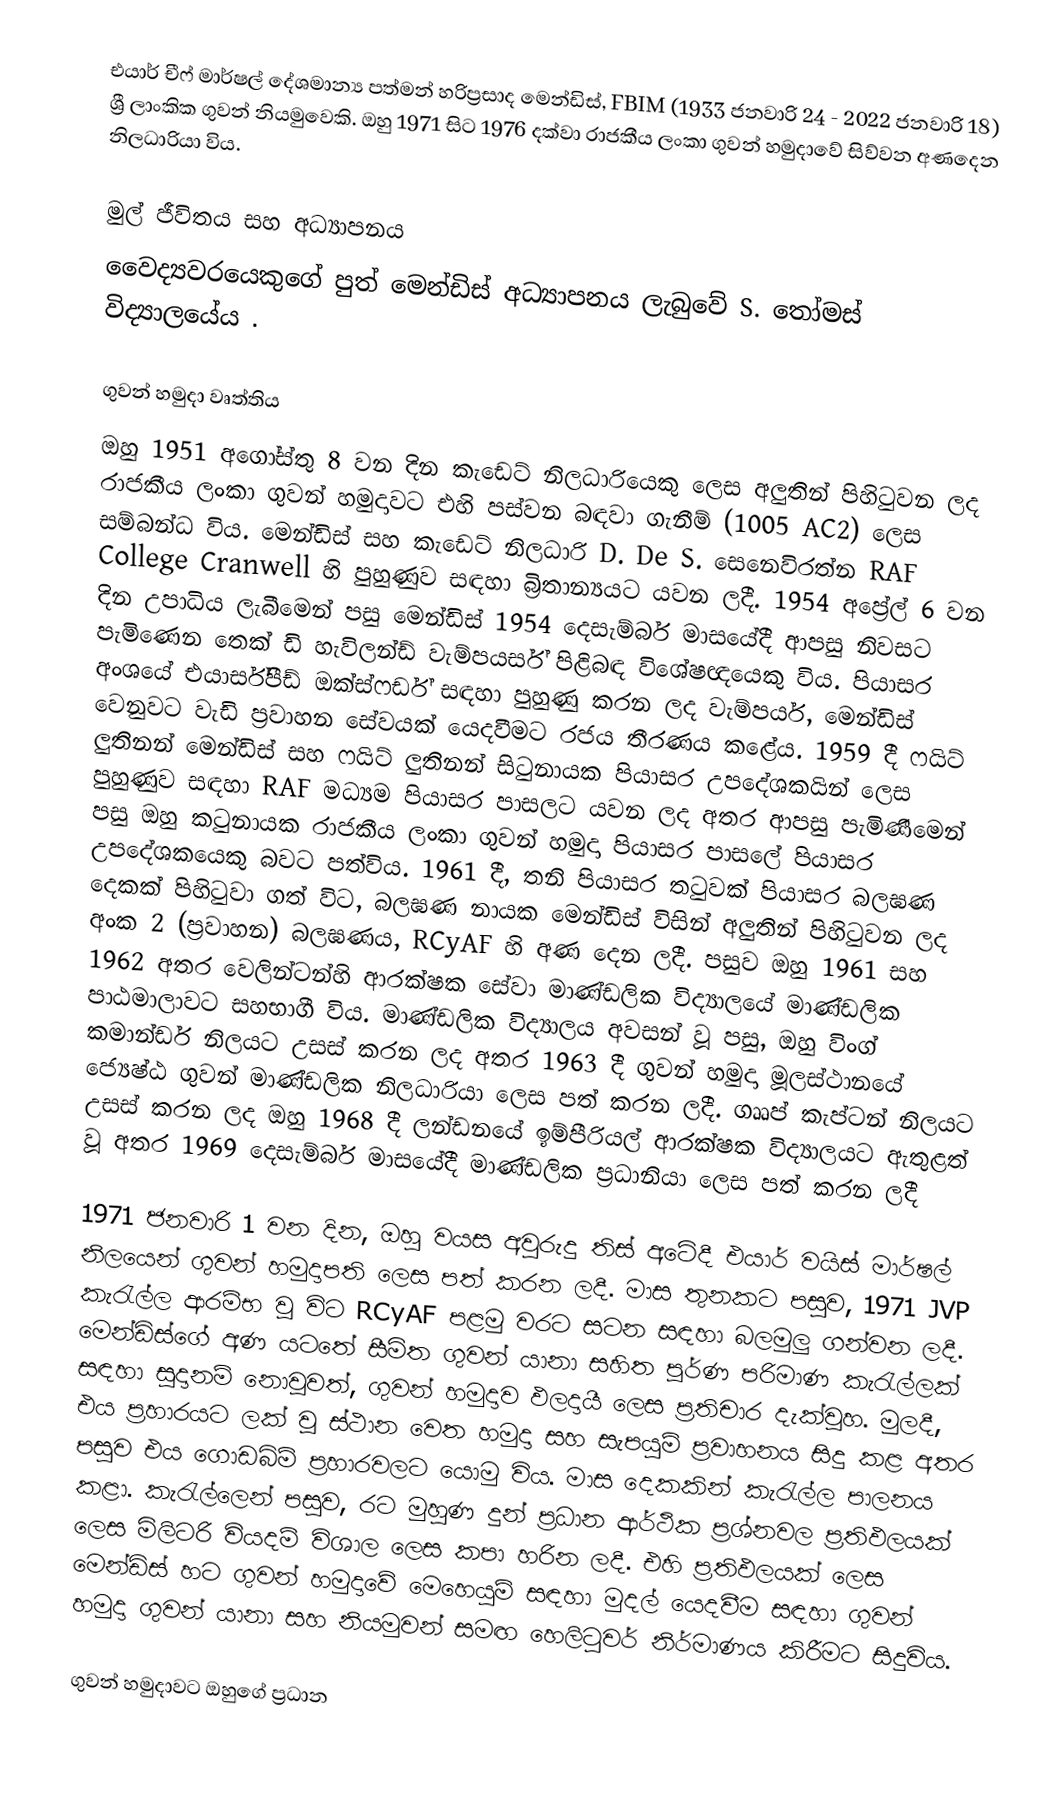
එයාර් චීෆ් මාර්ෂල් දේශමාන්‍ය පත්මන් හරිප්‍රසාද මෙන්ඩිස්, FBIM (1933 ජනවාරි 24 - 2022 ජනවාරි 18) ශ්‍රී ලාංකික ගුවන් නියමුවෙකි. ඔහු 1971 සිට 1976 දක්වා රාජකීය ලංකා ගුවන් හමුදාවේ සිව්වන අණදෙන නිලධාරියා විය.

මුල් ජීවිතය සහ අධ්‍යාපනය
වෛද්‍යවරයෙකුගේ පුත් මෙන්ඩිස් අධ්‍යාපනය ලැබුවේ S. තෝමස් විද්‍යාලයේය .

ගුවන් හමුදා වෘත්තිය
ඔහු 1951 අගෝස්තු 8 වන දින කැඩෙට් නිලධාරියෙකු ලෙස අලුතින් පිහිටුවන ලද රාජකීය ලංකා ගුවන් හමුදාවට එහි පස්වන බඳවා ගැනීම් (1005 AC2) ලෙස සම්බන්ධ විය. මෙන්ඩිස් සහ කැඩෙට් නිලධාරි D. De S. සෙනෙවිරත්න RAF College Cranwell හි පුහුණුව සඳහා බ්‍රිතාන්‍යයට යවන ලදී. 1954 අප්‍රේල් 6 වන දින උපාධිය ලැබීමෙන් පසු මෙන්ඩිස් 1954 දෙසැම්බර් මාසයේදී ආපසු නිවසට පැමිණෙන තෙක් ඩි හැවිලන්ඩ් වැම්පයර්ස් පිළිබඳ විශේෂඥයෙකු විය. පියාසර අංශයේ එයාර්ස්පීඩ් ඔක්ස්ෆර්ඩ් සඳහා පුහුණු කරන ලද වැම්පයර්, මෙන්ඩිස් වෙනුවට වැඩි ප්‍රවාහන සේවයක් යෙදවීමට රජය තීරණය කළේය. 1959 දී ෆයිට් ලුතිනන් මෙන්ඩිස් සහ ෆයිට් ලුතිනන් සිටුනායක පියාසර උපදේශකයින් ලෙස පුහුණුව සඳහා RAF මධ්‍යම පියාසර පාසලට යවන ලද අතර ආපසු පැමිණීමෙන් පසු ඔහු කටුනායක රාජකීය ලංකා ගුවන් හමුදා පියාසර පාසලේ පියාසර උපදේශකයෙකු බවට පත්විය. 1961 දී, තනි පියාසර තටුවක් පියාසර බලඝණ දෙකක් පිහිටුවා ගත් විට, බලඝණ නායක මෙන්ඩිස් විසින් අලුතින් පිහිටුවන ලද අංක 2 (ප්‍රවාහන) බලඝණය, RCyAF හි අණ දෙන ලදී. පසුව ඔහු 1961 සහ 1962 අතර වෙලින්ටන්හි ආරක්ෂක සේවා මාණ්ඩලික විද්‍යාලයේ මාණ්ඩලික පාඨමාලාවට සහභාගී විය. මාණ්ඩලික විද්‍යාලය අවසන් වූ පසු, ඔහු විංග් කමාන්ඩර් නිලයට උසස් කරන ලද අතර 1963 දී ගුවන් හමුදා මූලස්ථානයේ ජ්‍යෙෂ්ඨ ගුවන් මාණ්ඩලික නිලධාරියා ලෙස පත් කරන ලදී. ගෲප් කැප්ටන් නිලයට උසස් කරන ලද ඔහු 1968 දී ලන්ඩනයේ ඉම්පීරියල් ආරක්ෂක විද්‍යාලයට ඇතුළත් වූ අතර 1969 දෙසැම්බර් මාසයේදී මාණ්ඩලික ප්‍රධානියා ලෙස පත් කරන ලදී

1971 ජනවාරි 1 වන දින, ඔහු වයස අවුරුදු තිස් අටේදී එයාර් වයිස් මාර්ෂල් නිලයෙන් ගුවන් හමුදාපති ලෙස පත් කරන ලදී. මාස තුනකට පසුව, 1971 JVP කැරැල්ල ආරම්භ වූ විට RCyAF පළමු වරට සටන සඳහා බලමුලු ගන්වන ලදී. මෙන්ඩිස්ගේ අණ යටතේ සීමිත ගුවන් යානා සහිත පූර්ණ පරිමාණ කැරැල්ලක් සඳහා සූදානම් නොවූවත්, ගුවන් හමුදාව ඵලදායී ලෙස ප්‍රතිචාර දැක්වූහ. මුලදී, එය ප්‍රහාරයට ලක් වූ ස්ථාන වෙත හමුදා සහ සැපයුම් ප්‍රවාහනය සිදු කළ අතර පසුව එය ගොඩබිම් ප්‍රහාරවලට යොමු විය. මාස දෙකකින් කැරැල්ල පාලනය කළා. කැරැල්ලෙන් පසුව, රට මුහුණ දුන් ප්‍රධාන ආර්ථික ප්‍රශ්නවල ප්‍රතිඵලයක් ලෙස මිලිටරි වියදම් විශාල ලෙස කපා හරින ලදී. එහි ප්‍රතිඵලයක් ලෙස මෙන්ඩිස් හට ගුවන් හමුදාවේ මෙහෙයුම් සඳහා මුදල් යෙදවීම සඳහා ගුවන් හමුදා ගුවන් යානා සහ නියමුවන් සමඟ හෙලිටුවර් නිර්මාණය කිරීමට සිදුවිය.

ගුවන් හමුදාවට ඔහුගේ ප්‍රධාන